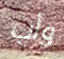
وأب